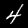
Digit: 4